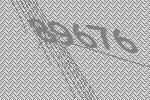
89676